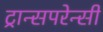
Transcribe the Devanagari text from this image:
ट्रान्सपरेन्सी